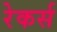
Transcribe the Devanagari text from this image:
रेकर्स